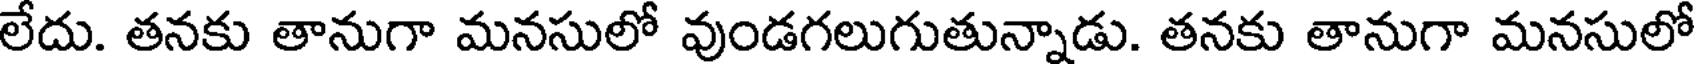
లేదు. తనకు తానుగా మనసులో వుండగలుగుతున్నాడు. తనకు తానుగా మనసులో